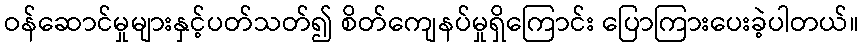
ဝန်ဆောင်မှုများနှင့်ပတ်သတ်၍ စိတ်ကျေနပ်မှုရှိကြောင်း ပြောကြားပေးခဲ့ပါတယ်။